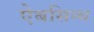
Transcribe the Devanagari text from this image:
ऐबसिन्थ